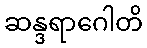
ဆန္ဒရာဂေါတိ